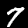
Digit: 7